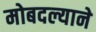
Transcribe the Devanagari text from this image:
मोबदल्याने